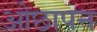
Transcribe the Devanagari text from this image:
ओछापन